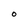
Character: 0